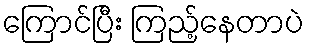
ကြောင်ပြီး ကြည့်နေတာပဲ